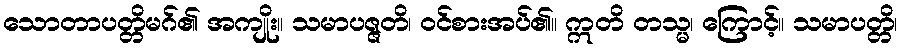
သောတာပတ္တိမဂ်၏ အကျိုး။ သမာပဇ္ဇတိ၊ ဝင်စားအပ်၏။ ဣတိ တသ္မ၊ ကြောင့်။ သမာပတ္တိ၊